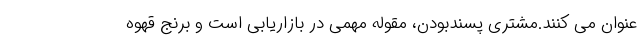
عنوان می کنند.مشتری پسندبودن، مقوله مهمی در بازاریابی است و برنج قهوه